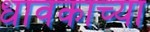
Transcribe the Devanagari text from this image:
धावकाच्या